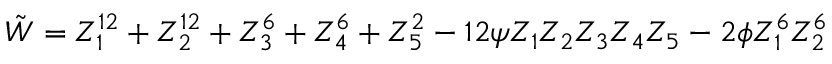
{ \tilde { W } } = Z _ { 1 } ^ { 1 2 } + Z _ { 2 } ^ { 1 2 } + Z _ { 3 } ^ { 6 } + Z _ { 4 } ^ { 6 } + Z _ { 5 } ^ { 2 } - 1 2 \psi Z _ { 1 } Z _ { 2 } Z _ { 3 } Z _ { 4 } Z _ { 5 } - 2 \phi Z _ { 1 } ^ { 6 } Z _ { 2 } ^ { 6 }